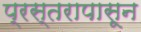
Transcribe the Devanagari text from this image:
प्रस्तरापासून